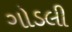
ગોડલી